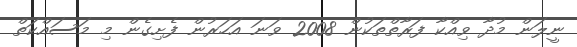
ނީލަން މުދާ ވިއްކާ ފަރާތްތަކުން 2008 ވަނަ އަހަރުން ފެށިގެން މި މަސައްކަތް